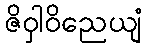
ဇိဝှါဝိညေယျံ